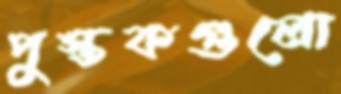
পুস্তকগুলো